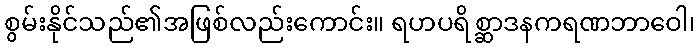
စွမ်းနိုင်သည်၏အဖြစ်လည်းကောင်း။ ရဟပရိစ္ဆာဒနကရဏဘာဝေါ၊